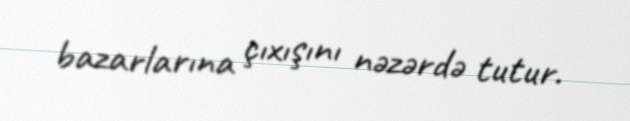
bazarlarına çıxışını nəzərdə tutur.